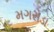
મગરોડા